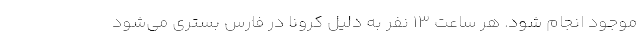
موجود انجام شود. هر ساعت 13 نفر به دلیل کرونا در فارس بستری می‌شود